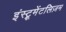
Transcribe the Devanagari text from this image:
इंस्ट्रूमेंटलिज़म